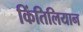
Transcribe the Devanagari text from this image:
किंतिलियान